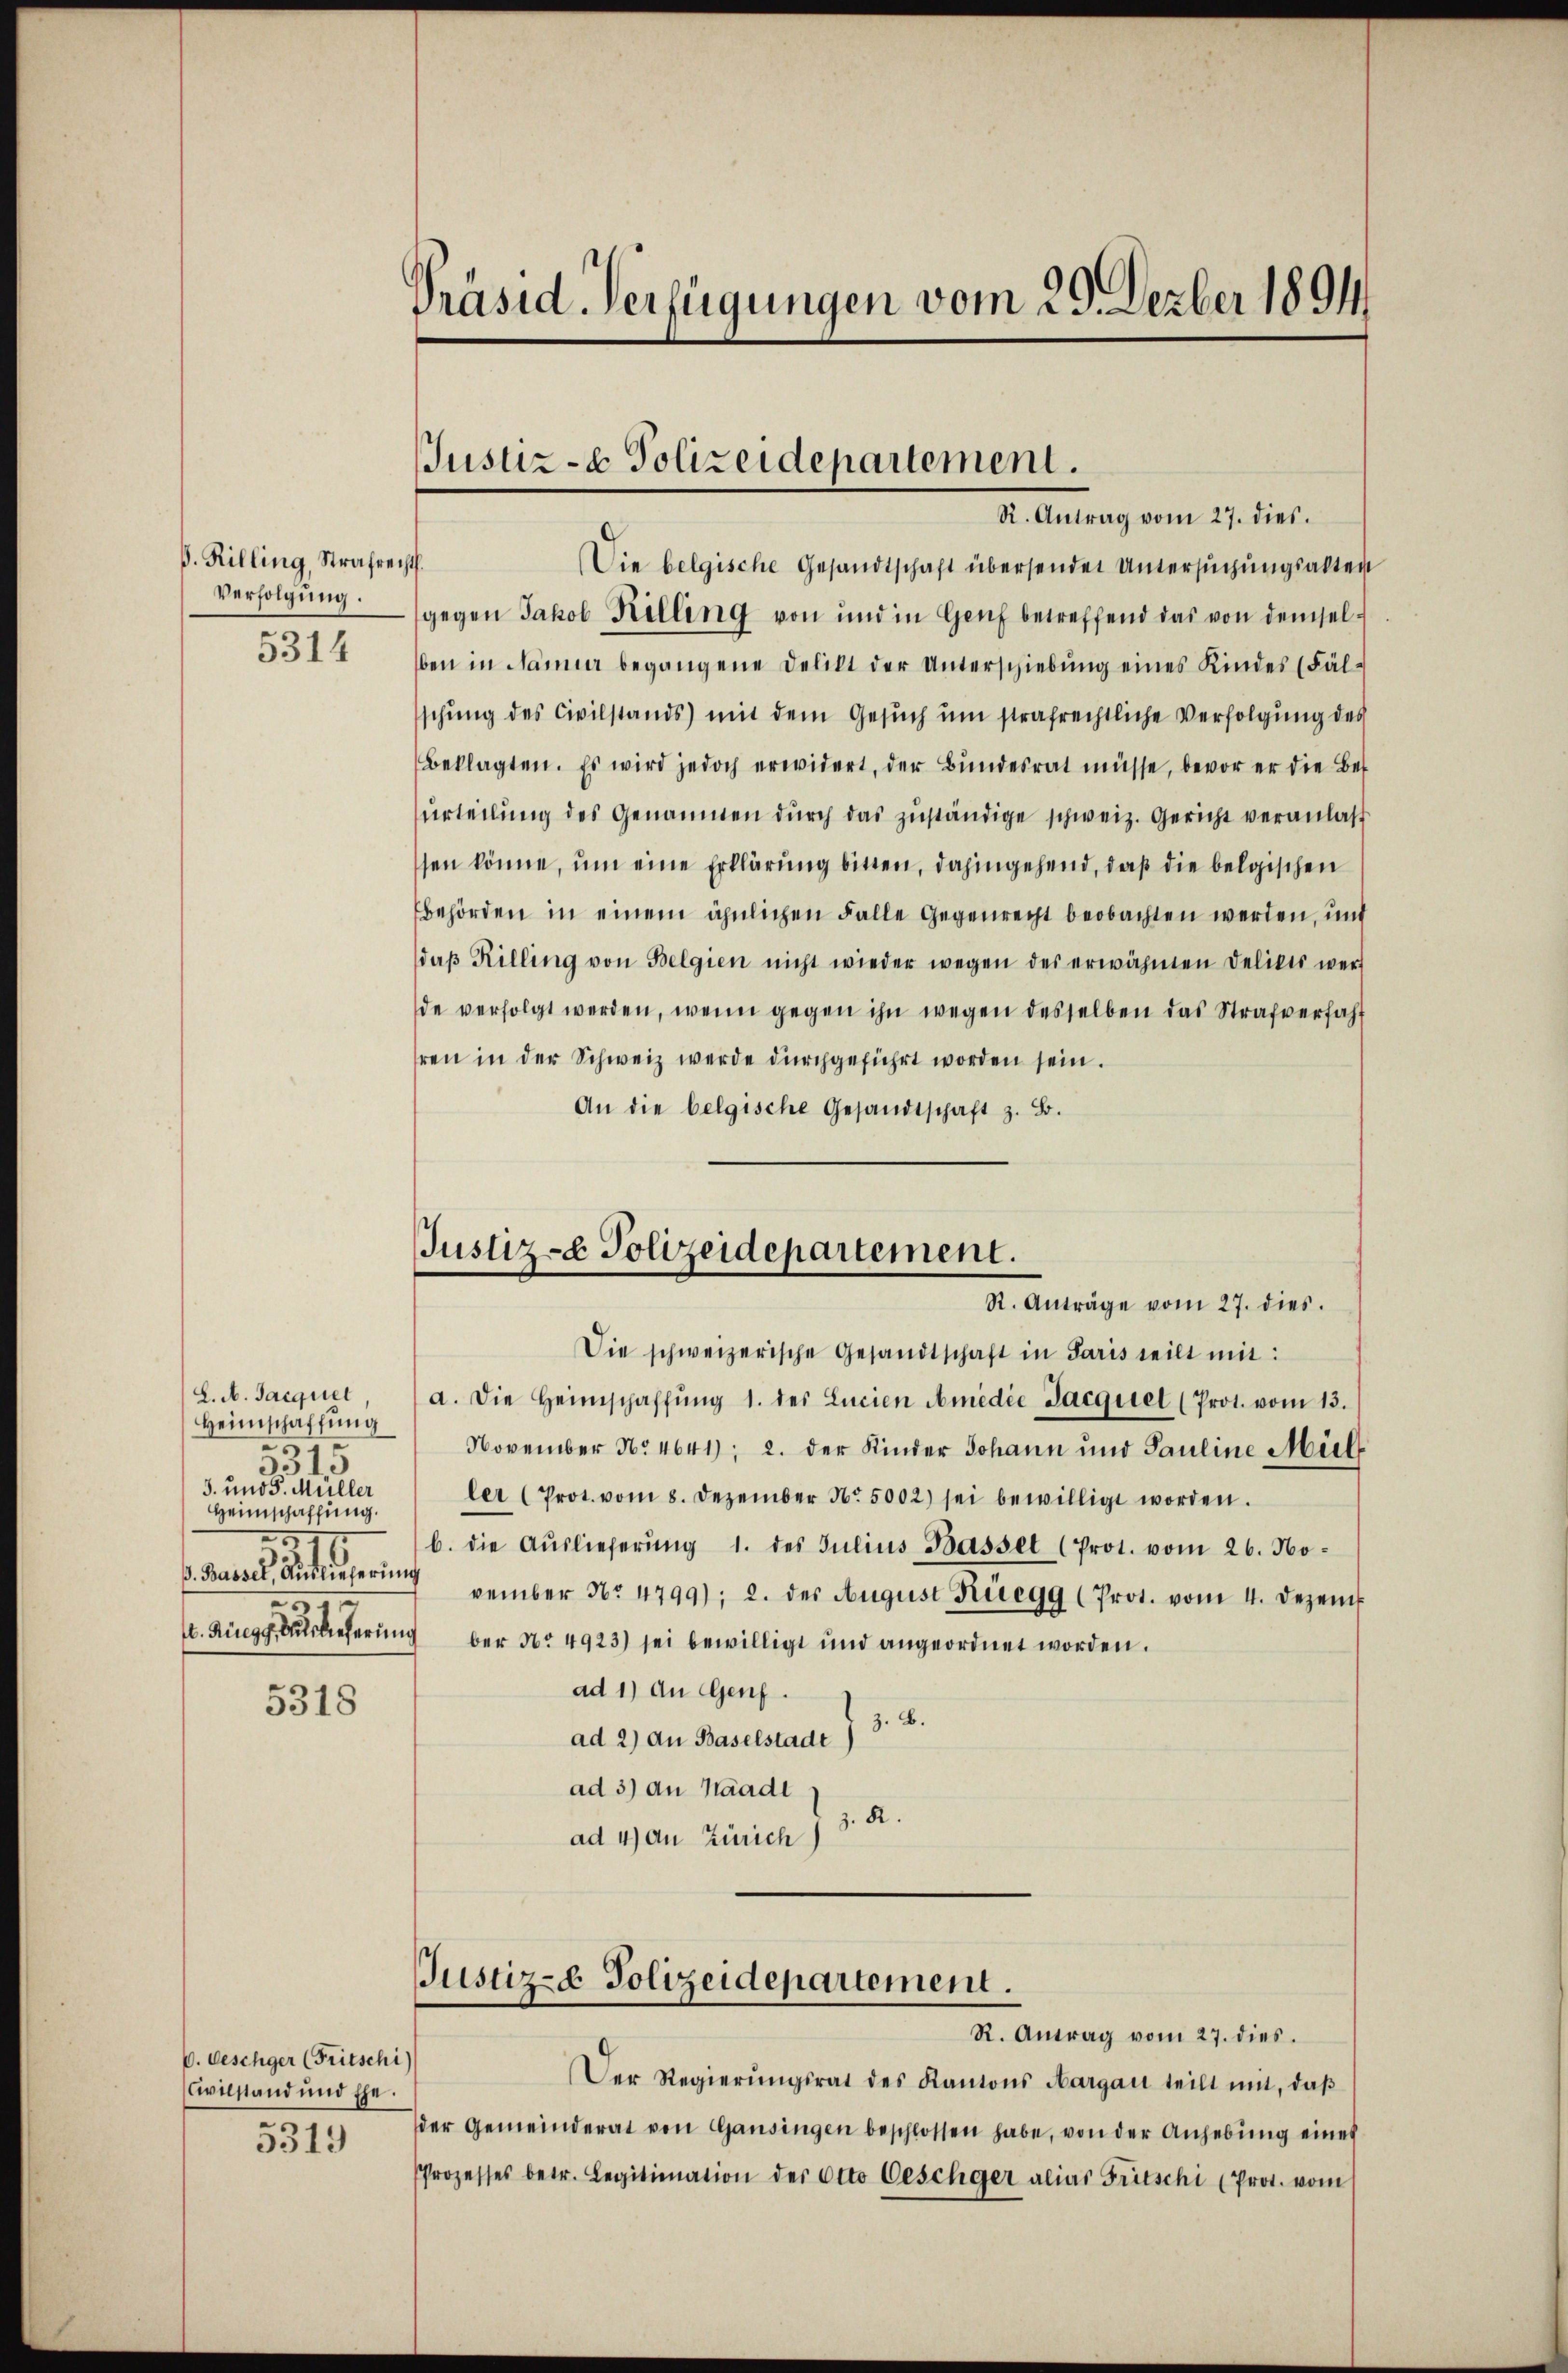
ß. Rilling, Strafrecht.
Verfolgung.
5314

5318

V. Geschger (Fritschi)
Civilstand und Ehe.
5313

Präsid-Verfügungen vom 29. Dezber 1891

L. A. Jacquel
Heimschaffung
2
5
5
3. und 5. Müller
Heimschaffung.
0
v. Bassel, Auslieferung
.

Die belgische Gesandtschaft übersenden Untersuchungsaltert
gegen Jakob Killing von und in Genf betreffend das von demselben in Namier begangene Delikt der Unterschiebŭng eines Kindes (Fäl-
schung des Civilstands mit dem Gesuch um strafrechtliche Verfolgung des
Beklagten. Es wird jedoch erwidert, der Bŭndesrat müsse, bevor er die Bes
urteilung des Genannten durch das zuständige schweiz. Gericht veranlas
sen könne, um eine Erklärung bitten, dahingehend, daß die belgischen
behörden in einem ähnlichen Falle Gegenrecht beobachten werden, und
daβ Killing von Belgien nicht wieder wegen des erwähnten Delikts wer
de verfolgt werden, wenn gegen ihn wegen desselben das Strafverfahr
ren in der Schweiz werde durchgeführt worden sein.
An die belgische Gesandtschaft z. B.
Justiz- & Polizeidepartement.
R. Anträge vom 27. dies.
Die schweizerische Gesandtschaft in Paris teilt mit:
a. Die Heimschaffŭng 1. des Lucien Amedie Jacquiet (Prot. vom 13.
November No. 4641); 2. der Kinder Johann und Pauline Mül
ler (Prot. vom 8. Dezember No. 5002) sei bewilligt worden.
b. die Aŭslieferŭng 1. des Julius Basset (Prot. vom 26. November No 4799); 2. des August Rüegg (Prot. vom 4. Dezem
. Rüegg, Auslieferung der No 4923) sei bewilligt und angeordnet worden.
ad 1) an Genf.
ad 2) an Baselstadt I 3. B.
ad 3) an Haadl
z. R.
ad 4) An Zürich

Justiz- & Polizeidepartement.
R. Antrag vom 27. dies.

Justiz- & Polizeidepartement.

R. Antrag vom 27. dies.
Der Regierŭngsrat des Kantons Aargau teilt mit, daβ
der Gemeinderat von Gansingen beschlossen habe, von der Anhebŭng eines
Prozesses betr. Legitimation der Otto Geschger alias Fritschi (Prot. vom